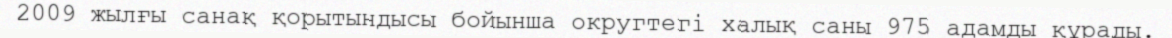
2009 жылғы санақ қорытындысы бойынша округтегі халық саны 975 адамды құрады.